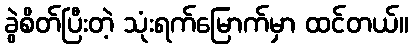
ခွဲစိတ်ပြီးတဲ့ သုံးရက်မြောက်မှာ ထင်တယ်။